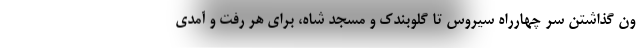
ون گذاشتن سر چهارراه سیروس تا گلوبندک و مسجد شاه، برای هر رفت و آمدی